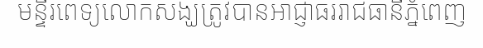
មន្ទីរពេទ្យលោកសង្ឃត្រូវបានអាជ្ញាធររាជធានីភ្នំពេញ